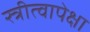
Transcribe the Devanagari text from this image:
स्त्रीत्वापेक्षा